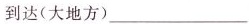
到达(大地方)___